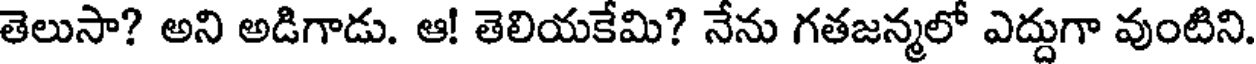
తెలుసా? అని అడిగాడు. ఆ! తెలియకేమి? నేను గతజన్మలో ఎద్దుగా వుంటిని